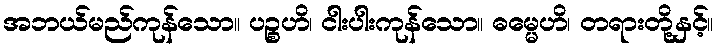
အဘယ်မည်ကုန်သော။ ပဉ္စဟိ၊ ငါးပါးကုန်သော။ ဓမ္မေဟိ၊ တရားတို့နှင့်။